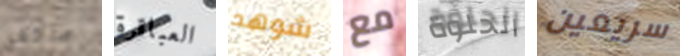
ماكغي العباقرة شوهد مع الحلوة سريعين